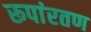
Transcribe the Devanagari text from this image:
रूपांरतण